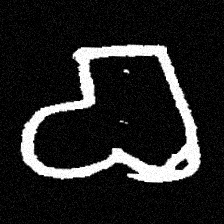
Pyu character \u2014 Myanmar letter: စ (romanized: ca)